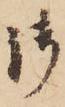
御